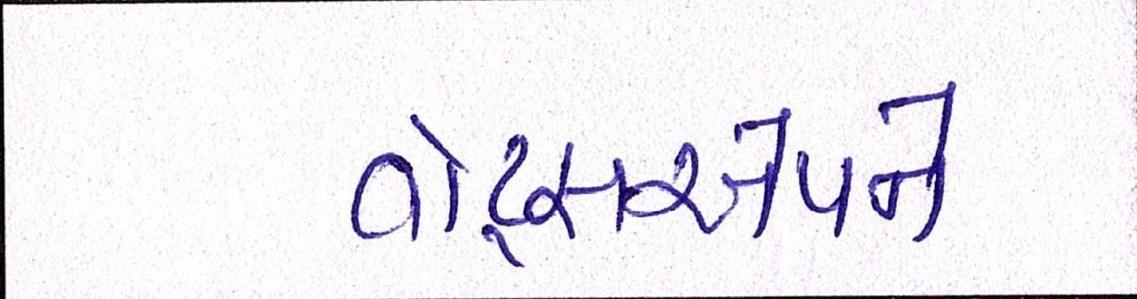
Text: વૉટ્સએપને